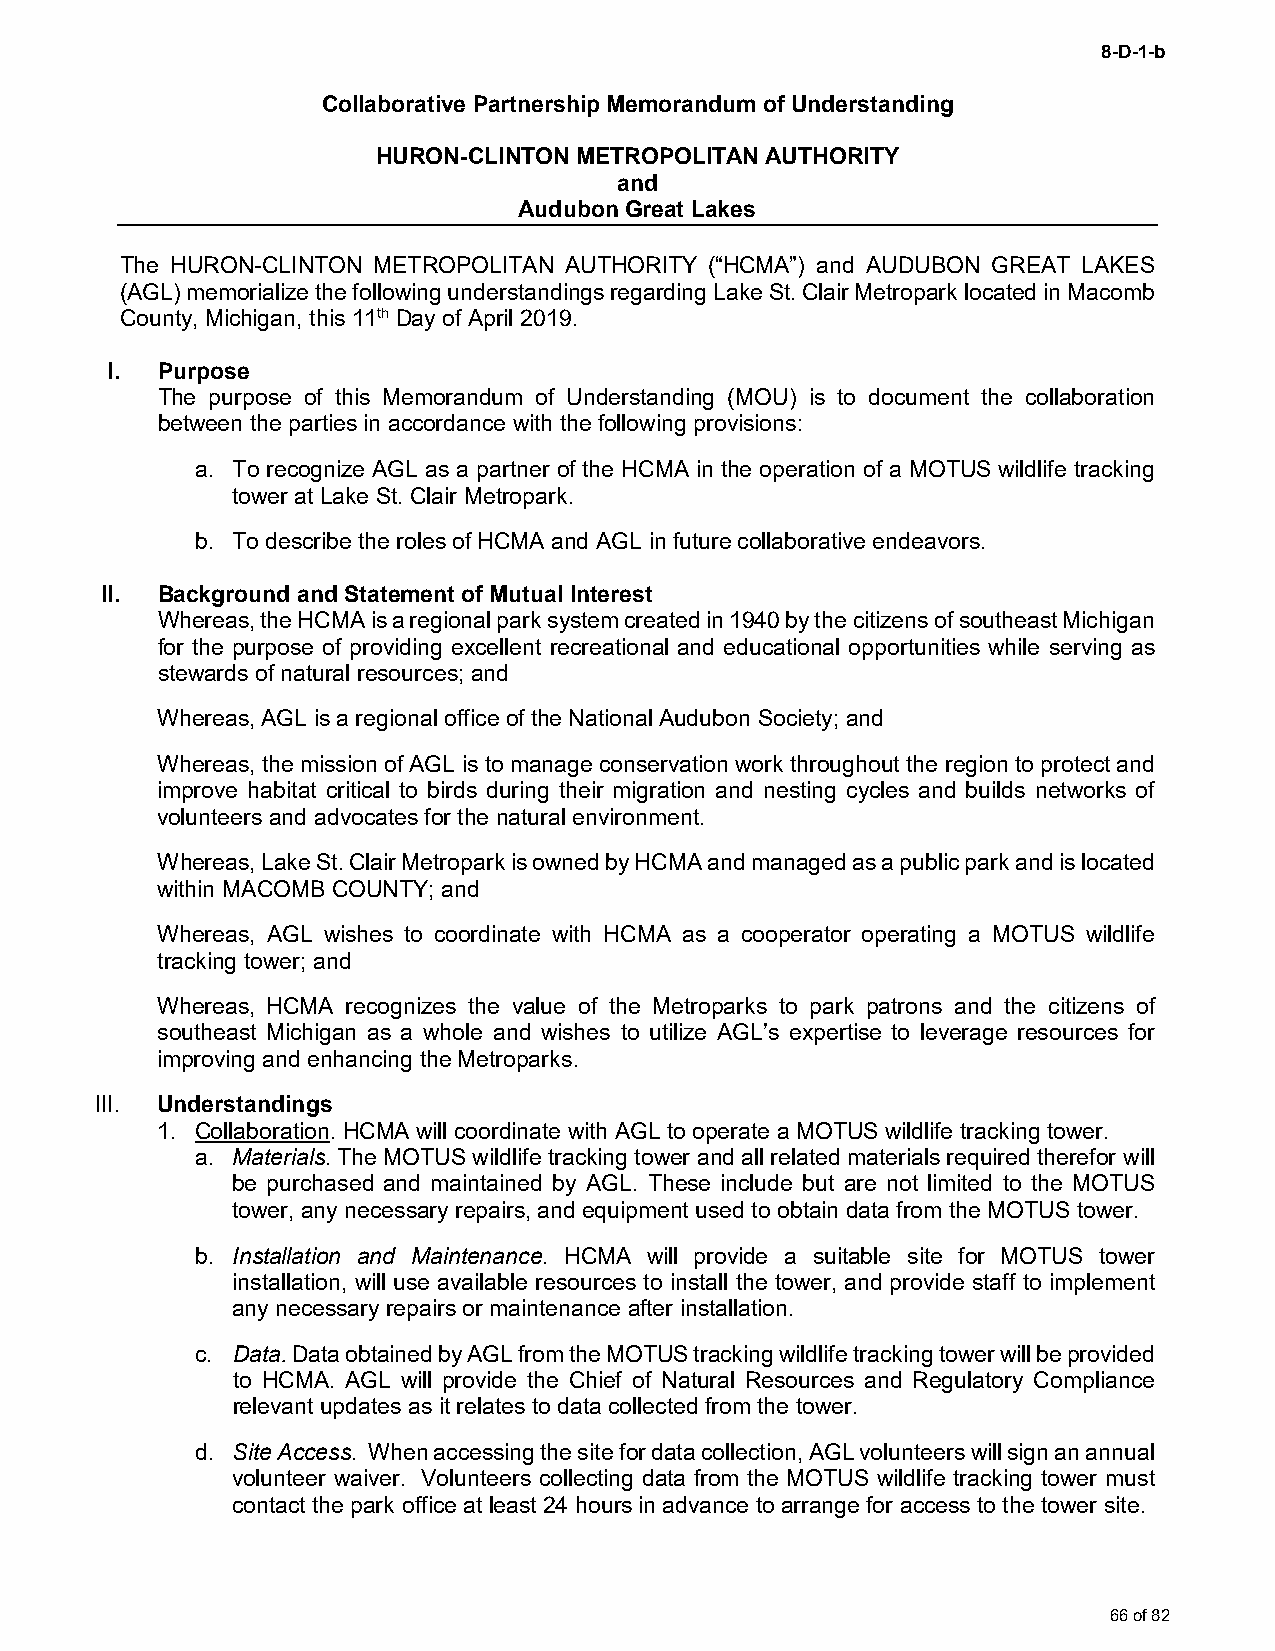
8-D-1-b
 Collaborative Partnership Memorandum of Understanding
 HURON-CLINTON METROPOLITAN AUTHORITY
 and
 Audubon Great Lakes
 The HURON-CLINTON METROPOLITAN AUTHORITY (“HCMA”) and AUDUBON GREAT LAKES
 (AGL) memorialize the following understandings regarding Lake St. Clair Metropark located in Macomb
 County, Michigan, this 11th Day of April 2019.
 I. Purpose
 The purpose of this Memorandum of Understanding (MOU) is to document the collaboration
 between the parties in accordance with the following provisions:
 a. To recognize AGL as a partner of the HCMA in the operation of a MOTUS wildlife tracking
 tower at Lake St. Clair Metropark.
 b. To describe the roles of HCMA and AGL in future collaborative endeavors.
 II. Background and Statement of Mutual Interest
 Whereas, the HCMA is a regional park system created in 1940 by the citizens of southeast Michigan
 for the purpose of providing excellent recreational and educational opportunities while serving as
 stewards of natural resources; and
 Whereas, AGL is a regional office of the National Audubon Society; and
 Whereas, the mission of AGL is to manage conservation work throughout the region to protect and
 improve habitat critical to birds during their migration and nesting cycles and builds networks of
 volunteers and advocates for the natural environment.
 Whereas, Lake St. Clair Metropark is owned by HCMA and managed as a public park and is located
 within MACOMB COUNTY; and
 Whereas, AGL wishes to coordinate with HCMA as a cooperator operating a MOTUS wildlife
 tracking tower; and
 Whereas, HCMA recognizes the value of the Metroparks to park patrons and the citizens of
 southeast Michigan as a whole and wishes to utilize AGL’s expertise to leverage resources for
 improving and enhancing the Metroparks.
 III. Understandings
 1. Collaboration. HCMA will coordinate with AGL to operate a MOTUS wildlife tracking tower.
 a. Materials. The MOTUS wildlife tracking tower and all related materials required therefor will
 be purchased and maintained by AGL. These include but are not limited to the MOTUS
 tower, any necessary repairs, and equipment used to obtain data from the MOTUS tower.
 b. Installation and Maintenance. HCMA will provide a suitable site for MOTUS tower
 installation, will use available resources to install the tower, and provide staff to implement
 any necessary repairs or maintenance after installation.
 c. Data. Data obtained by AGL from the MOTUS tracking wildlife tracking tower will be provided
 to HCMA. AGL will provide the Chief of Natural Resources and Regulatory Compliance
 relevant updates as it relates to data collected from the tower.
 d. Site Access. When accessing the site for data collection, AGL volunteers will sign an annual
 volunteer waiver. Volunteers collecting data from the MOTUS wildlife tracking tower must
 contact the park office at least 24 hours in advance to arrange for access to the tower site.
 66 of 82